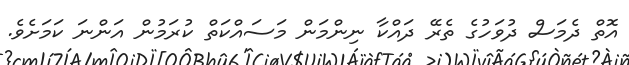
އޮތް ދެމަސް ދުވަހުގެ ތެރޭ ދައްކާ ނިންމަން މަސައްކަތް ކުރަމުން އަންނަ ކަމަށެވެ.